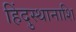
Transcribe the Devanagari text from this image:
हिंदुस्थानाशि